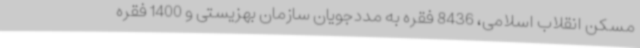
مسکن انقلاب اسلامی، 8436 فقره به مددجویان سازمان بهزیستی و 1400 فقره